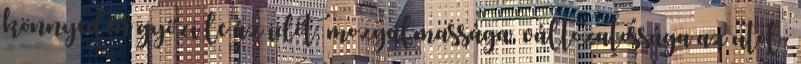
könnyedén győzi le az időt, mozgalmassága, változatossága az utol-